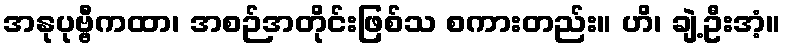
အနုပုဗ္ဗီကထာ၊ အစဉ်အတိုင်းဖြစ်သ စကားတည်း။ ဟိ၊ ချဲ့ဦးအံ့။